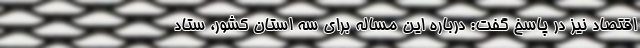
اقتصاد نیز در پاسخ گفت: درباره این مساله برای سه استان کشور، ستاد